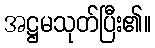
အဋ္ဌမသုတ်ပြီး၏။